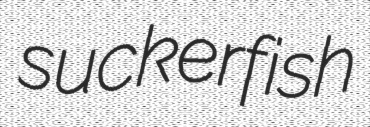
suckerfish